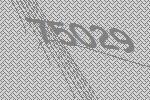
75029